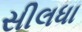
સીલધા